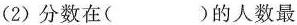
(2)分数在( )的人数最